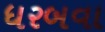
ધરબવા